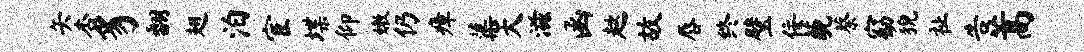
矢杏豸翻翅泊宦堞仰嫩仍瘴蕖天滋函趑故唇终璧佞藐蔡窈猊祉告蒿